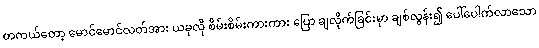
တကယ်တော့ မောင်မောင်လတ်အား ယခုလို စိမ်းစိမ်းကားကား ပြော ချလိုက်ခြင်းမှာ ချစ်လွန်း၍ ပေါ်ပေါက်လာသော